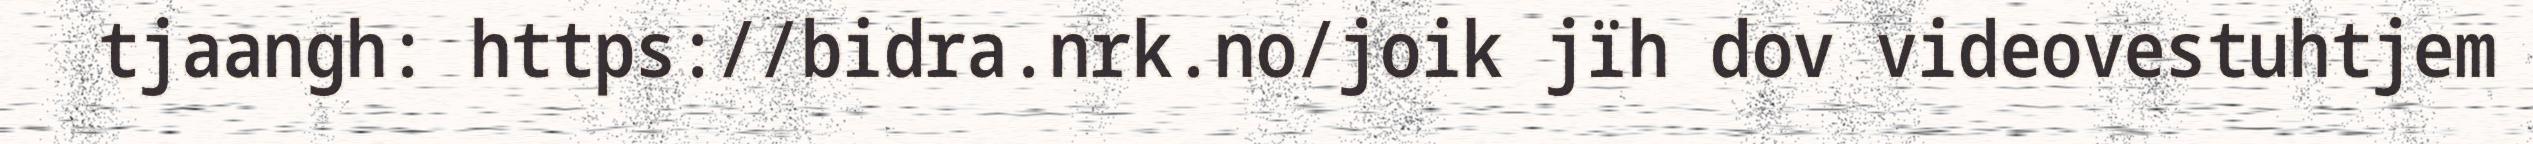
tjaangh: https://bidra.nrk.no/joik jïh dov videovestuhtjem